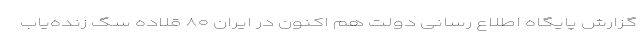
گزارش پایگاه اطلاع رسانی دولت هم اکنون در ایران ۸۰ قلاده سگ زنده‌یاب